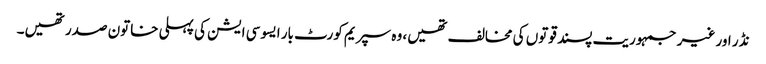
نڈر اور غیر جمہوریت پسند قوتوں کی مخالف تھیں، وہ سپریم کورٹ بار ایسوسی ایشن کی پہلی خاتون صدر تھیں۔